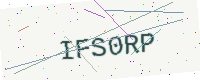
Text: IFS0RP